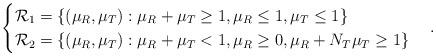
LaTeX: \begin{align*}\begin{cases} {\cal R}_{1}=\{(\mu_{R},\mu_{T}): \mu_{R}+\mu_{T}\geq 1,\mu_{R}\leq 1,\mu_{T}\leq 1\} \\ {\cal R}_{2}=\{(\mu_{R},\mu_{T}): \mu_{R}+\mu_{T}< 1,\mu_{R}\geq0, \mu_{R}+N_T\mu_{T}\geq 1\} \end{cases}. \end{align*}